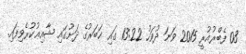
03 ފެބްރުއުރީ 2015 ވަނަ ދުވަހު 13:22 ގައި ޚަބަރުގެ ދަށުގައި ޝާއިޢުކުރެވިފައި.